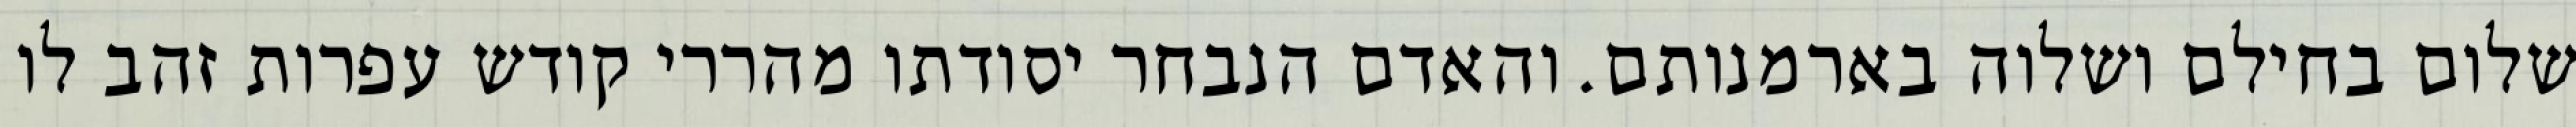
שלום בחילם ושלוה בארמנותם. והאדם הנבחר יסודתו מהררי קודש עפרות זהב לו